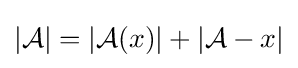
|{\mathcal {A}}|=|{\mathcal {A}}(x)|+|{\mathcal {A}}-x|